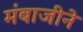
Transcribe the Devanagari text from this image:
मंबाजीने